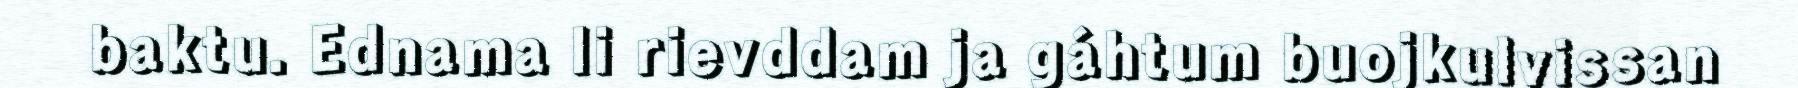
baktu. Ednama li rievddam ja gáhtum buojkulvissan